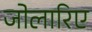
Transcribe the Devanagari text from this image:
जोलारिए